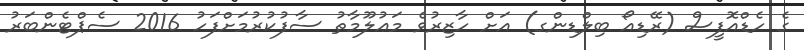
ގެ ހެޑްއޮފީސް (ރޭޑިއޯ ބިލްޑިންގ) އަށް ހާޒިރުވެ މަޢުލޫމާތު ސާފުކުރުމަށްފަހު 2016 ސެޕްޓެންބަރު